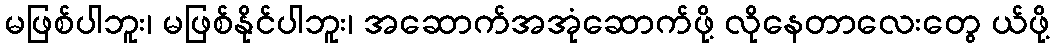
မဖြစ်ပါဘူး၊ မဖြစ်နိုင်ပါဘူး၊ အဆောက်အအုံဆောက်ဖို့ လိုနေတာလေးတွေ ယ်ဖို့